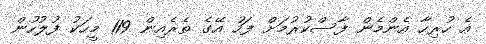
އެ ހުރިހާ އެންމެން ފާސްކުރުމަށް ފަހު އޭގެ ތެރެއިން 119 މީހަކު ފުލުހުން